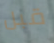
قبل